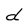
Character: d